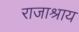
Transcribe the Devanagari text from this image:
राजाश्राय